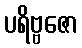
ပရိဗ္ဗဇော